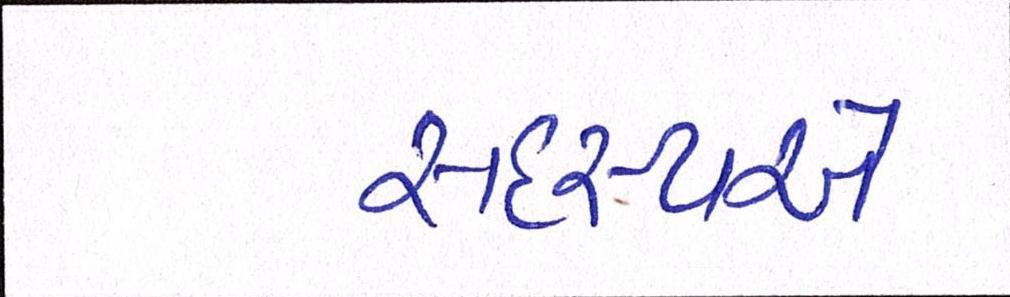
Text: સદસ્યએ